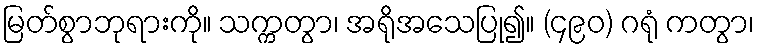
မြတ်စွာဘုရားကို။ သက္ကတွာ၊ အရိုအသေပြု၍။ (၄၉၀) ဂရုံ ကတွာ၊